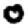
Digit: 0